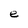
Character: e